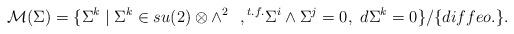
LaTeX: \begin{align*}{\cal M}(\Sigma)=\{ \Sigma^k \mid \Sigma^k \in su(2) \otimes \wedge^2~~, {}^{t.f.} \Sigma^i \wedge \Sigma^j=0,~d\Sigma^k=0 \}/ \{diffeo.\}. \end{align*}